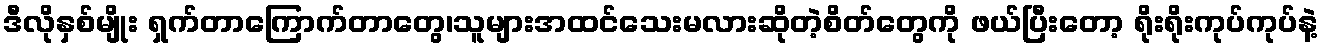
ဒီလိုနှစ်မျိုး ရှက်တာကြောက်တာတွေ၊သူများအထင်သေးမလားဆိုတဲ့စိတ်တွေကို ဖယ်ပြီးတော့ ရိုးရိုးကုပ်ကုပ်နဲ့